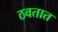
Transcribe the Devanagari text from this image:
ठवतात